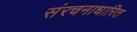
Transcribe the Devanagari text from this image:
संरचनाधारित